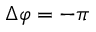
\Delta \varphi = - \pi